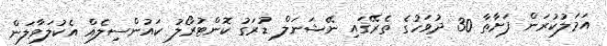
އަމަލުކުރަން ފަށާތާ 30 ދުވަހުގެ ތެރޭގައި ނޭޝަނަލް ޑުރަގު ކޮންޓުރޯލު ކައުންސިލެއް އެކުލަވާލަން